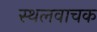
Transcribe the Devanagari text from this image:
स्थलवाचक